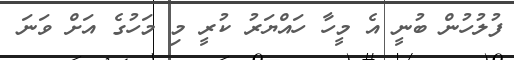
ފުލުހުން ބުނީ އެ މީހާ ހައްޔަރު ކުރީ މި މަހުގެ އަށް ވަނަ